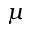
\mu